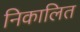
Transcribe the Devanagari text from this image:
निकालित